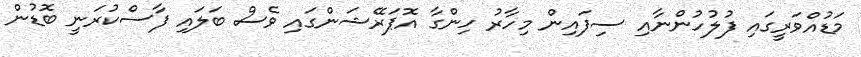
މަޑުއްވަރީގައި ފުލުހުންނާއި ސިފައިން މިހާރު ހިންގާ އޮޕަރޭޝަންގައި ވެސް ބަލައި ފާސްކުރަނީ ބޮޑުން